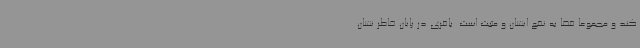
کند و مجموعا فضا به نفع ایشان و مثبت است. باقری در پایان خاطر نشان